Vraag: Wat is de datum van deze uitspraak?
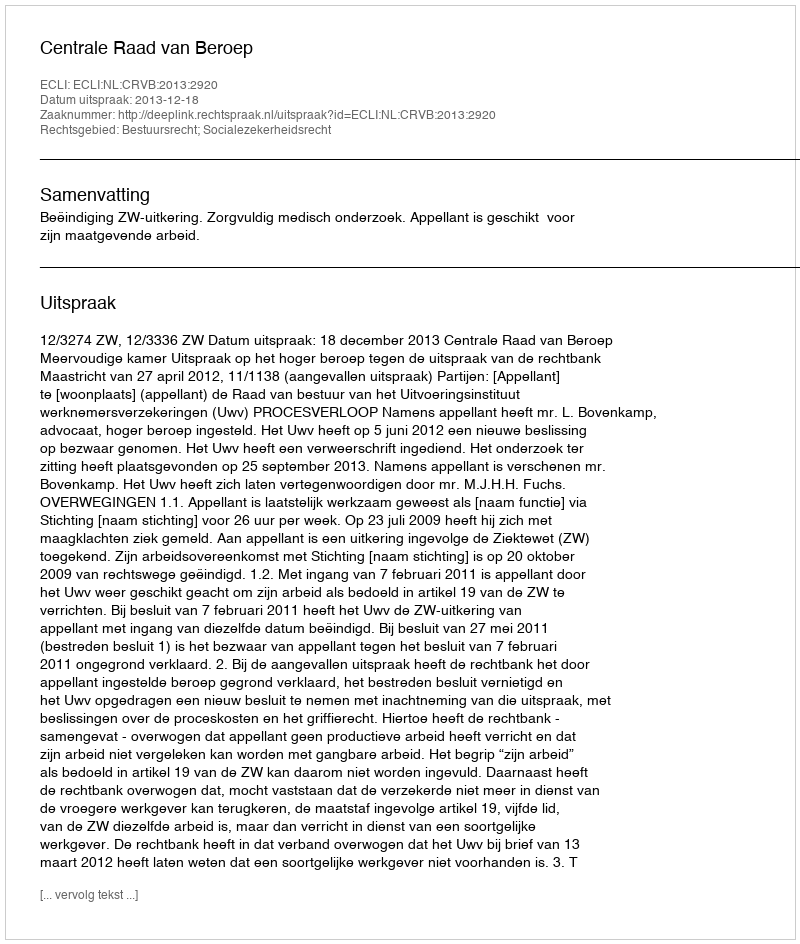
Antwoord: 2013-12-18